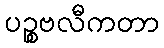
ပဉ္စဗလီကတာ